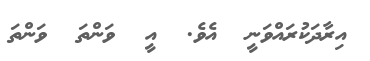
އިރާދަކުރައްވަނީ  އެވެ.  އީ  ވަންތަ  ވަންތަ